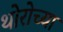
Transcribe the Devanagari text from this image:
थोरोच्या